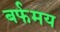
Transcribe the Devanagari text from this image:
बर्फमय